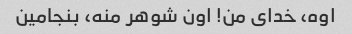
اوه، خدای من! اون شوهر منه، بنجامین